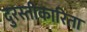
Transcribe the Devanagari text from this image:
दुरस्तीकारिता